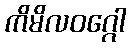
ကိမိလဝဂ္ဂေါ